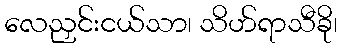
လေညှင်းငယ်သာ၊ သိဟ်ရာသီခို၊